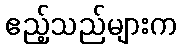
ဧည့်သည်များက